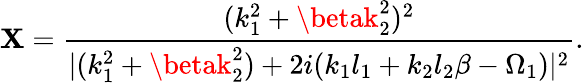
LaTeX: \mathbf{X}=\frac{{(k_{1}^{2}+\betak_{2}^{2})^{2}}}{{\lvert(k_{1}^{2}+\betak_{2}^{2})+2i(k_{1}l_{1}+k_{2}l_{2}\beta-\Omega_{1})\rvert^{2}}}.